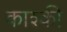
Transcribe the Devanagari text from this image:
काश्की